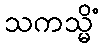
သကသ္မိံ